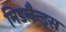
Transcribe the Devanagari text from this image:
मिडलैन्ड्स